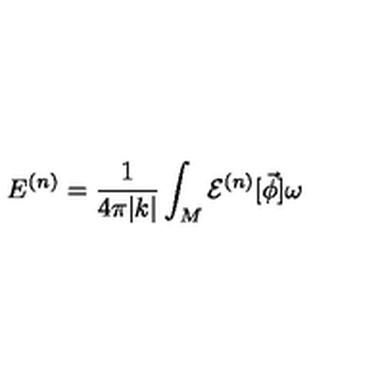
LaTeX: E ^ { ( n ) } = \frac { 1 } { 4 \pi | k | } \int _ { M } { \cal E } ^ { ( n ) } [ \vec { \phi } ] \omega